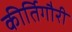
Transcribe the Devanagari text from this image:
कीर्तिगौरी